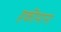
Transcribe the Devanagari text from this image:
हकीमाना